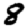
Digit: 8